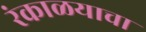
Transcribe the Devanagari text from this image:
रंकाळयाचा